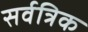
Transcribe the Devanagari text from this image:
सर्वत्रिक